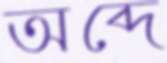
অব্দে